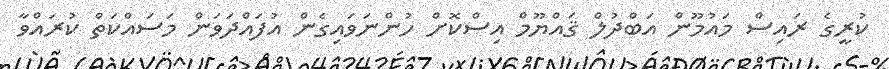
ކުރީގެ ރައިސް މައުމޫން އަބްދުލް ޤައްޔޫމް އިސްކޮށް ހުންނަވައިގެން އުފައްދަވަން މަސައްކަތް ކުރައްވާ